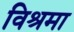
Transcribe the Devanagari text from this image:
विश्रमा